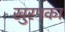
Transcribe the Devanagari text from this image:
खुरपका